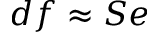
d f \approx S e